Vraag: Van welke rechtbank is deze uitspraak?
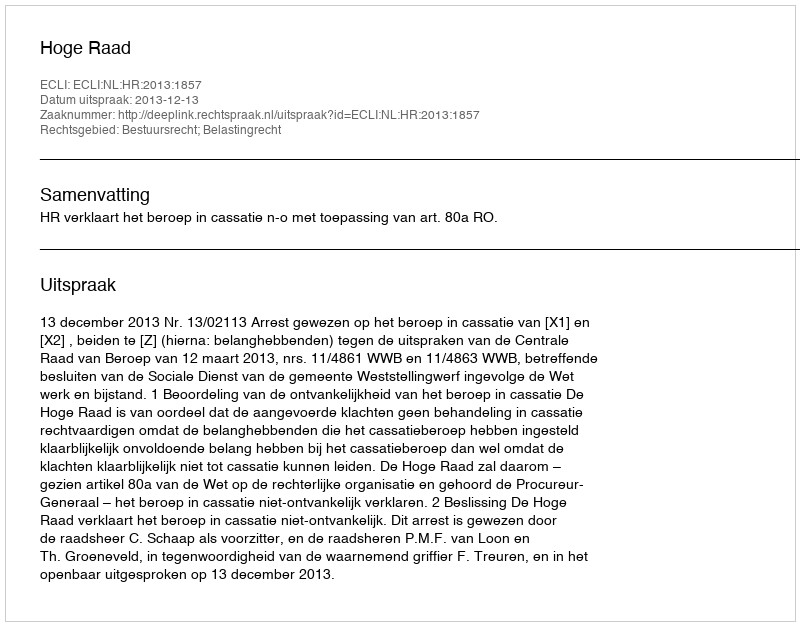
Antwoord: Hoge Raad